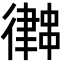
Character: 𢖀